Lunatic asylums Central Provinces reports 1874-1885 - 1874-1885
Year: 1874
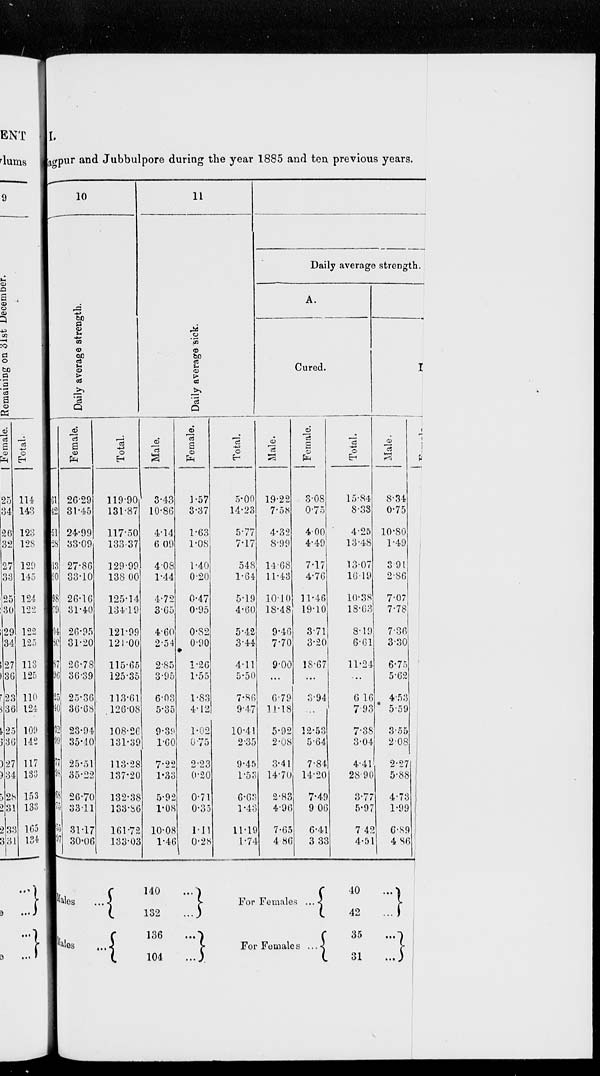
I.
Nagpur and Jubbulpore during the year 1885 and ten previous years.
10
Daily average strength.
Male.
61
42
51
28
13
90
98
79
04
80
87
96
25
40
32
99
77
98
68
75
55
97
Female.
26.29
31.45
24.99
33.09
27.86
33.10
26.16
31.40
26.95
31.20
26.78
36.39
25.36
36.68
23.94
35.40
25.51
35.22
26.70
33.11
31.17
30.06
Total.
119.90
131.87
117.50
133.37
129.99
138.00
125.14
134.19
121.99
121.00
115.65
125.35
113.61
126.08
108.26
131.39
113.28
137.20
132.38
133.86
161.72
133.03
Males ...
Males ...
11
Daily average sick.
Male.
3.43
10.86
4.14
6.09
4.08
1.44
4.72
3.65
4.60
2.54
2.85
3.95
6.03
5.35
9.39
1.60
7.22
1.33
5.92
1.08
10.08
1.46
Female.
1.57
3.37
1.63
1.08
1.40
0.20
0.47
0.95
0.82
0.90
1.26
1.55
1.83
4.12
1.02
0.75
2.23
0.20
0.71
0.35
1.11
0.28
140 ...
132
...
136
...
104
...
Total.
5.00
14.23
5.77
7.17
5.48
1.64
5.19
4.60
5.42
3.44
4.11
5.50
7.86
9.47
10.41
2.35
9.45
1.53
6.63
1.43
11.19
1.74
Daily average strength.
A.
Cured.
Male.
19.22
7.58
4.32
8.99
14.68
11.43
10.10
18.48
9.46
7.70
9.00
...
6.79
11.18
5.92
2.08
3.41
14.70
2.83
4.96
7.65
4.86
Female.
3.08
0.75
4.00
4.49
7.17
4.76
11.46
19.10
3.71
3.20
18.67
...
3.94
...
12.53
5.64
7.84
14.20
7.49
9.06
6.41
3.33
For Females ...
For Females ...
Total.
15.84
8.33
4.25
13.48
13.07
16.19
10.38
18.63
8.19
6.61
11.24
...
6.16
7.93
7.38
3.04
4.41
28.90
3.77
5.97
7.42
4.51
Died.
Male.
8.34
0.75
10.80
1.49
3.91
2.86
7.07
7.78
7.36
3.30
6.75
5.62
4.53
5.59
3.55
2.08
2.27
5.88
4.73
1.99
6.89
4.86
40
...
42
...
35
...
31
...
Female.